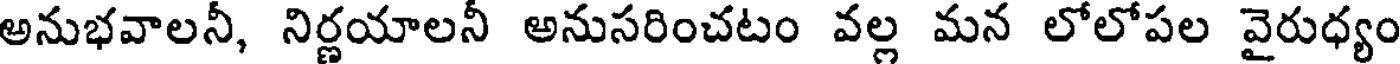
అనుభవాలనీ, నిర్ణయాలనీ అనుసరించటం వల్ల మన లోలోపల వైరుధ్యం